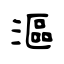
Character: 漚